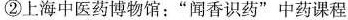
③上海自然博物馆：”自然·人·和谐”主题展